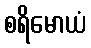
စရိမောယံ